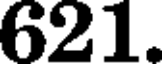
621.